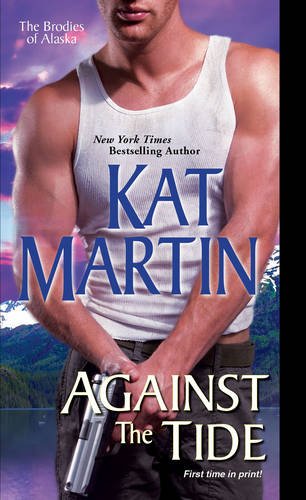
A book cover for Against the Tide (The Brodies Of Alaska); Kat Martin; Romance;